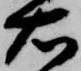
右